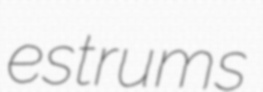
estrums